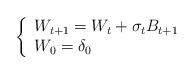
LaTeX: \begin{align*} \left\lbrace \begin{array}{l} W_{t+1} = W_{t} + \sigma_t B_{t+1} \\W_0= \delta_0\end{array} \right.\end{align*}